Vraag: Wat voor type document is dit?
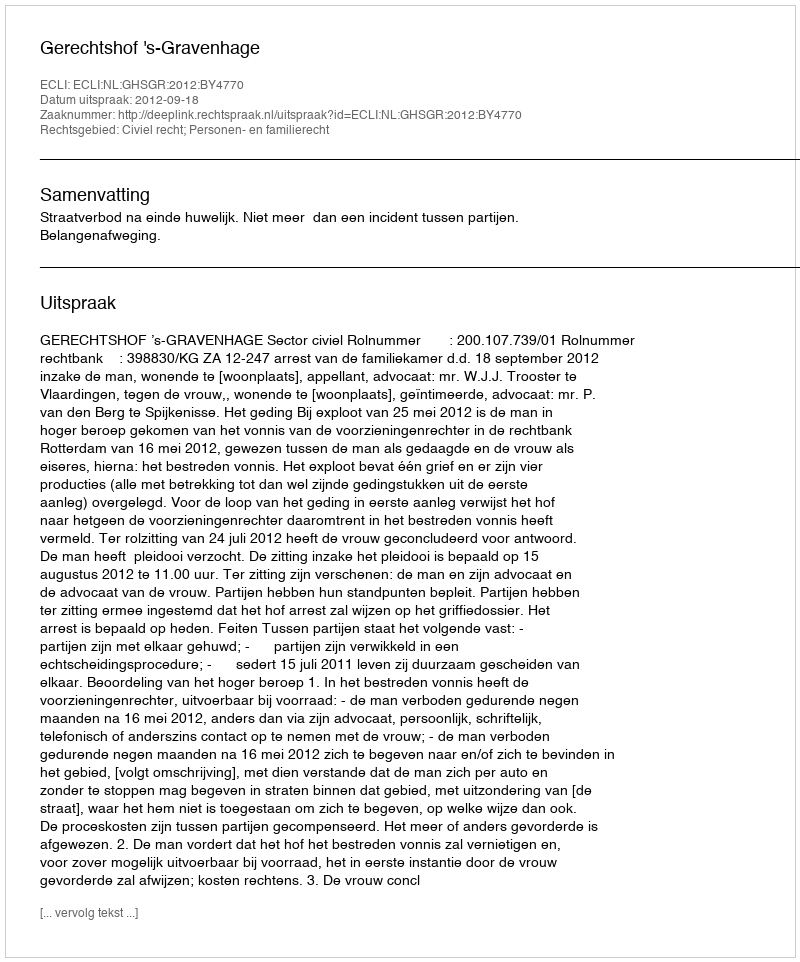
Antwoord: Uitspraak